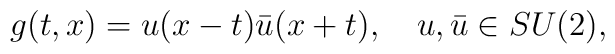
g(t,x)=u(x-t)\bar u(x+t),\quad u,\bar u\in SU(2) ,